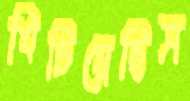
খিচিয়েছিস